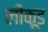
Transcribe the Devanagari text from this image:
लीकूड